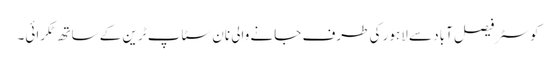
کوسٹر فیصل آباد سے لاہور کی طرف جانے والی نان سٹاپ ٹرین کے ساتھ ٹکرائی۔